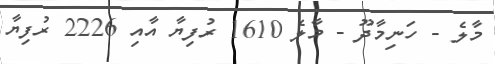
މާލެ - ހަނިމާދޫ - މާލެ 1610 ރުފިޔާ އާއި 2226 ރުފިޔާ